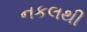
નકલથી